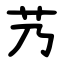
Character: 艿